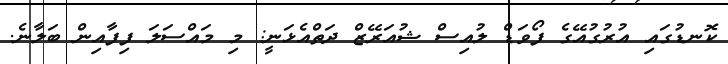
ކޮނޑުގައި އުރުގުއޭގެ ފޯވަޑް ލުއިސް ޝުއަރޭޒް ދަތްއެޅަނީ: މި މައްސަލަ ފިފާއިން ބަލާނެ.